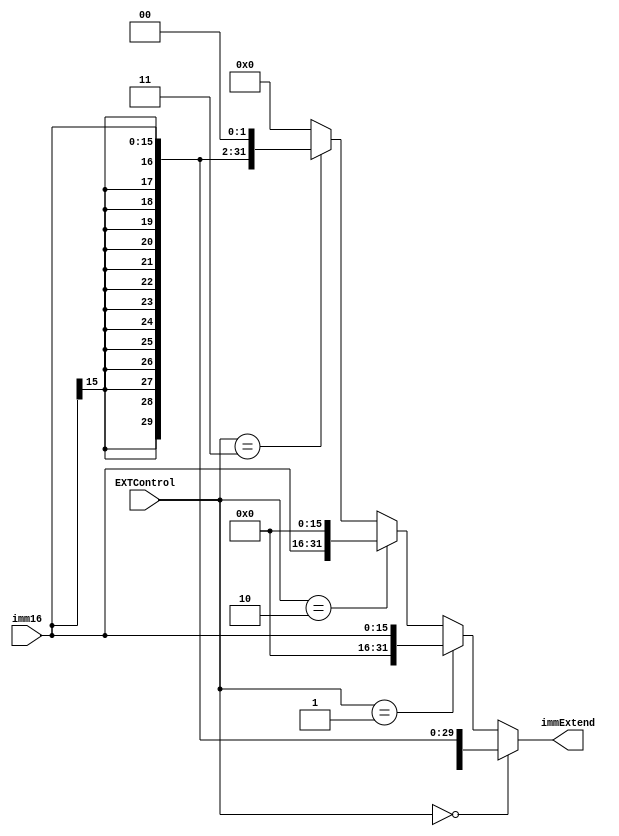
`timescale 1ns / 1ps
//////////////////////////////////////////////////////////////////////////////////
// Company: 
// Engineer: 
// 
// Design Name: 
// Module Name:    EXT 
// Project Name: 
// Target Devices: 
// Tool versions: 
// Description: 
//
// Dependencies: 
//
// Revision: 
// Revision 0.01 - File Created
// Additional Comments: 
//
//////////////////////////////////////////////////////////////////////////////////
/*module EXT(
    input [15:0] imm16,
    input [1:0] EXTControl,
    output [31:0] immExtend
    );
    //  case(EXTControl)
    //  2'b00: immExtend = {{16{imm16[15]}},imm16};
    //  2'b01: immExtend = {{16{1'b0}},imm16};
    //  2'b10: immExtend = {imm16,{16{1'b0}};
    //  2'b11: immExtend = {{14{imm16[15]}},imm16,2'b00};
    //  default: immExtend = 32'b0;

    assign immExtend = (EXTControl == 2'b00) ? {{16{imm16[15]}},imm16}:
                       (EXTControl == 2'b01) ? {{16{1'b0}},imm16}: 
                       (EXTControl == 2'b10) ? {imm16,{16{1'b0}}: 
                       (EXTControl == 2'b11) ?  {{14{imm16[15]}},imm16,2'b00}: 
                       32'b0000_0000_0000_0000_0000_0000_0000_0000 ;
endmodule*/

module EXT (
    input [15:0] imm16,
    input [1:0] EXTControl,
    output [31:0] immExtend
);
    assign immExtend = (EXTControl == 2'b00) ? {{16{imm16[15]}},imm16}:
                       (EXTControl == 2'b01) ? {{16{1'b0}},imm16}: 
                       (EXTControl == 2'b10) ? {imm16,{16{1'b0}}}: 
                       (EXTControl == 2'b11) ?  {{14{imm16[15]}},imm16,2'b00}:
                       32'b0 ;
endmodule